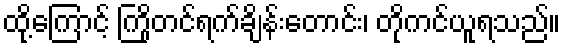
ထို့ကြောင့် ကြိုတင်ရက်ချိန်းတောင်း၊ တိုကင်ယူရသည်။